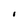
Character: i